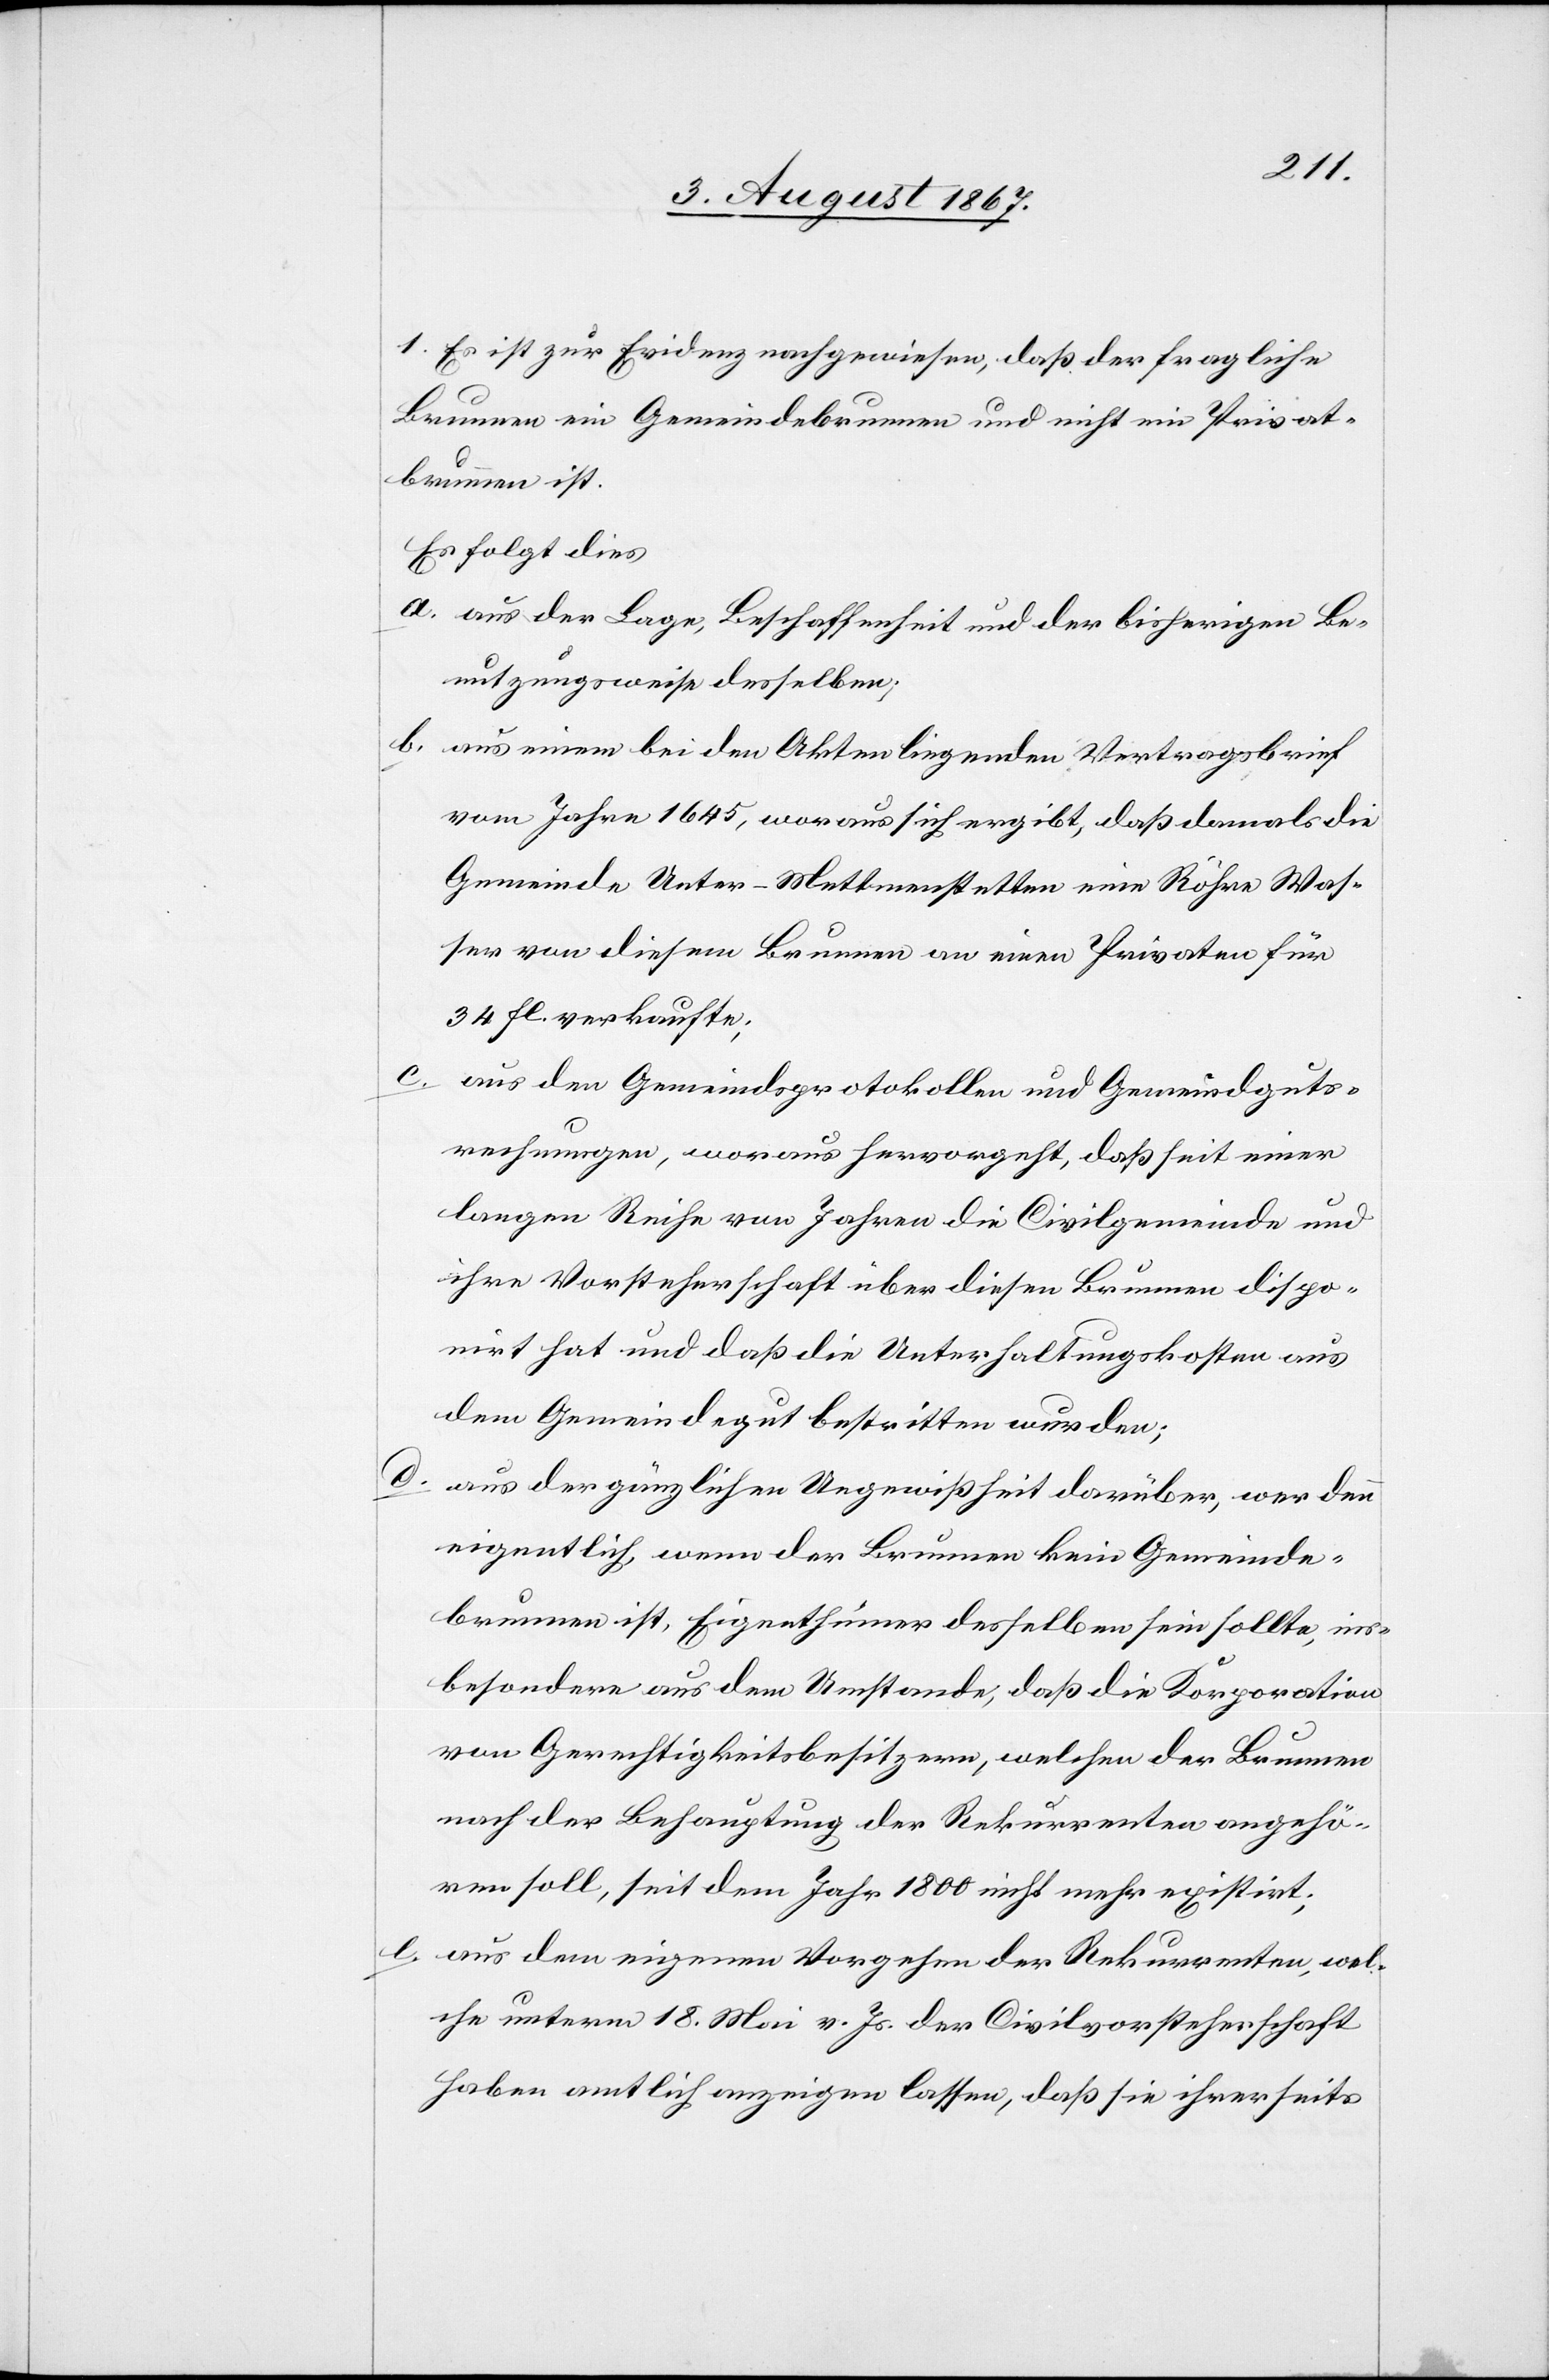
1. Es ist zur Evidenz nachgewiesen, daß der fragliche
Brunnen ein Gemeindebrunnen und nicht ein Privat¬
brunnen ist.
Es folgt dies
a. aus der Lage, Beschaffenheit und der bisherigen Be¬
nutzungsweise desselben;
b. aus einem bei den Akten liegenden Vertragsbrief
vom Jahr 1845, woraus sich ergibt, daß damals die
Gemeinde Unter-Mettmenstatten eine Röhre Was¬
ser von diesem Brunnen an einen Privaten für
34 fl. verkaufte;
c.
aus den Gemeindsprotokollen und Gemeindguts¬
rechnungen, woraus hervorgeht, daß seit einer
langen Reihe von Jahren die Civilgemeinde und
ihre Vorsteherschaft über diesen Brunnen dispo¬
nirt hat und daß die Unterhaltungskosten aus
dem Gemeindegut bestritten wurden;
d. aus der gänzlichen Ungewißheit darüber, wer denn
eigentlich, wenn der Brunnen kein Gemeinde¬
brunnen ist, Eigenthümer desselben sein sollte, ins¬
besondere aus dem Umstande, daß die Korporation
von Gerechtigkeitsbesitzern, welchen der Brunnen
nach der Behauptung der Rekurrenten angehö¬
ren soll, seit dem Jahr 1800 nicht mehr existirt;
e. aus dem eigenen Vorgehen der Rekurrenten, wel¬
che unterm 18. Mai v. Js. der Civilvorsteherschaft
haben amtlich anzeigen lassen, daß sie ihrerseits